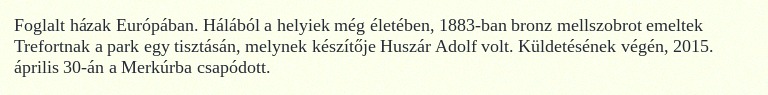
Foglalt házak Európában. Hálából a helyiek még életében, 1883-ban bronz mellszobrot emeltek Trefortnak a park egy tisztásán, melynek készítője Huszár Adolf volt. Küldetésének végén, 2015. április 30-án a Merkúrba csapódott.